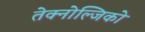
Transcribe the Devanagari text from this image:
तेक्नोल्जिको